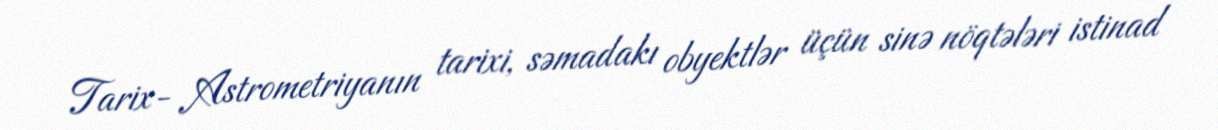
Tarix- Astrometriyanın tarixi, səmadakı obyektlər üçün sinə nöqtələri istinad